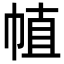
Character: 𢃜